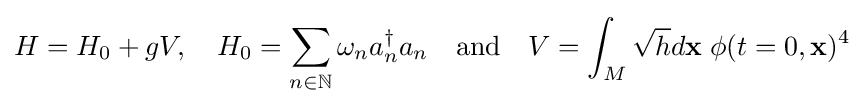
H=H_{0}+gV,\quad H_{0}=\sum _{n\in \mathbb {N} }\omega _{n}a_{n}^{\dagger }a_{n}\quad {\text{and}}\quad V=\int _{M}{\sqrt {h}}d\mathbf {x} \;\phi (t=0,\mathbf {x} )^{4}